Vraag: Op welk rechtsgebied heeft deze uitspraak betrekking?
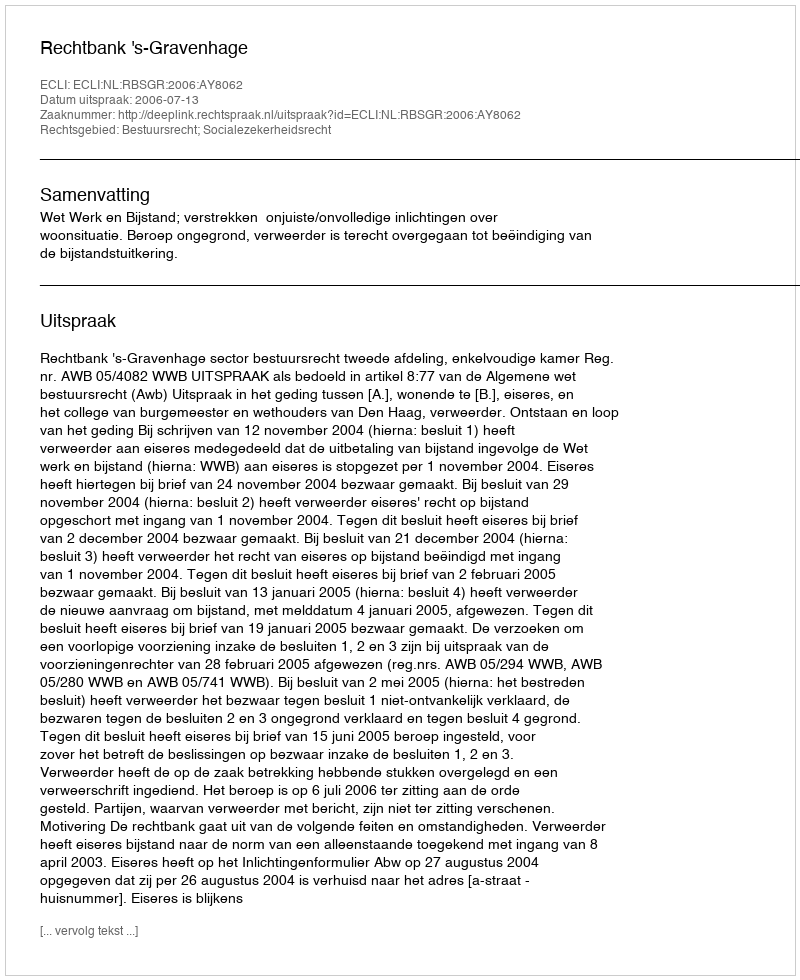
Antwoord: Bestuursrecht; Socialezekerheidsrecht